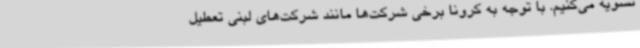
تسویه می‌کنیم. با توجه به کرونا برخی شرکت‌ها مانند شرکت‌های لبنی تعطیل